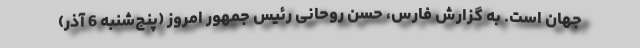
جهان است. به گزارش فارس، حسن روحانی رئیس جمهور امروز (پنج‌شنبه 6 آذر)